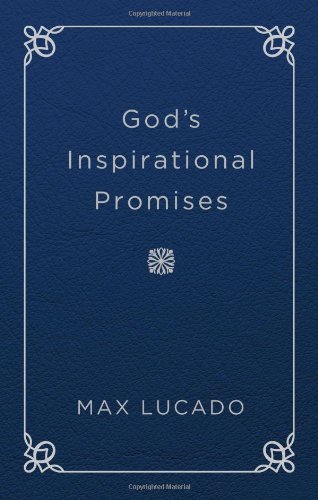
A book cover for God's Inspirational Promises; Max Lucado; Christian Books & Bibles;